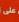
علىى